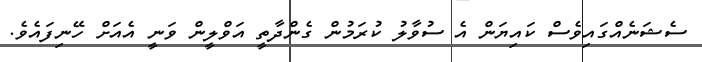
ސެޝަނެއްގައިވެސް ކައިޔަން އެ ސުވާލު ކުރަމުން ގެންދާތީ އަވްލީން ވަނީ އެއަށް ހޭނިފައެވެ.